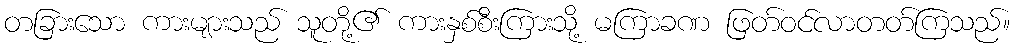
တခြားသော ကားများသည် သူတို့၏ ကားနှစ်စီးကြားသို့ မကြာခဏ ဖြတ်ဝင်လာတတ်ကြသည်။